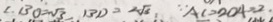
\therefore B O = \sqrt { 3 } , B D = 2 \sqrt { 3 } , \because A C = 2 O A = 2 .